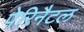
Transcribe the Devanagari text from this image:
पेरिनैटल